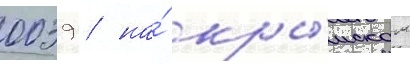
0039 / на́ кры́мском